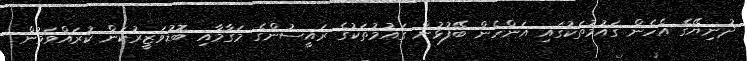
ދުނިޔޭގެ އެހެން ގައުމުތަކުގައި އަންހެން ބޭފުޅުން ގައުމުތަކުގެ ރައީސުންގެ މަގާމާއި ބޮޑުވަޒީރުކަން ކުރައްވަމުން